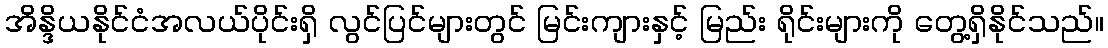
အိန္ဒိယနိုင်ငံအလယ်ပိုင်းရှိ လွင်ပြင်များတွင် မြင်းကျားနှင့် မြည်း ရိုင်းများကို တွေ့ရှိနိုင်သည်။